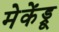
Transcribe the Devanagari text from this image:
मेकेंड्रू